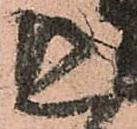
惑